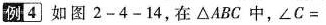
例|4}如图2-4-14，在\triangle ABC中，$$\angle C=$$